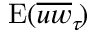
\mathrm { E } ( \overline { { u w } } _ { \tau } \! )